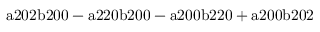
\mathrm { a 2 0 2 b 2 0 0 - a 2 2 0 b 2 0 0 - a 2 0 0 b 2 2 0 + a 2 0 0 b 2 0 2 }